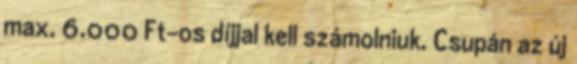
max. 6.000 Ft-os díjjal kell számolniuk. Csupán az új